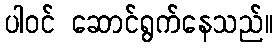
ပါဝင် ဆောင်ရွက်နေသည်။